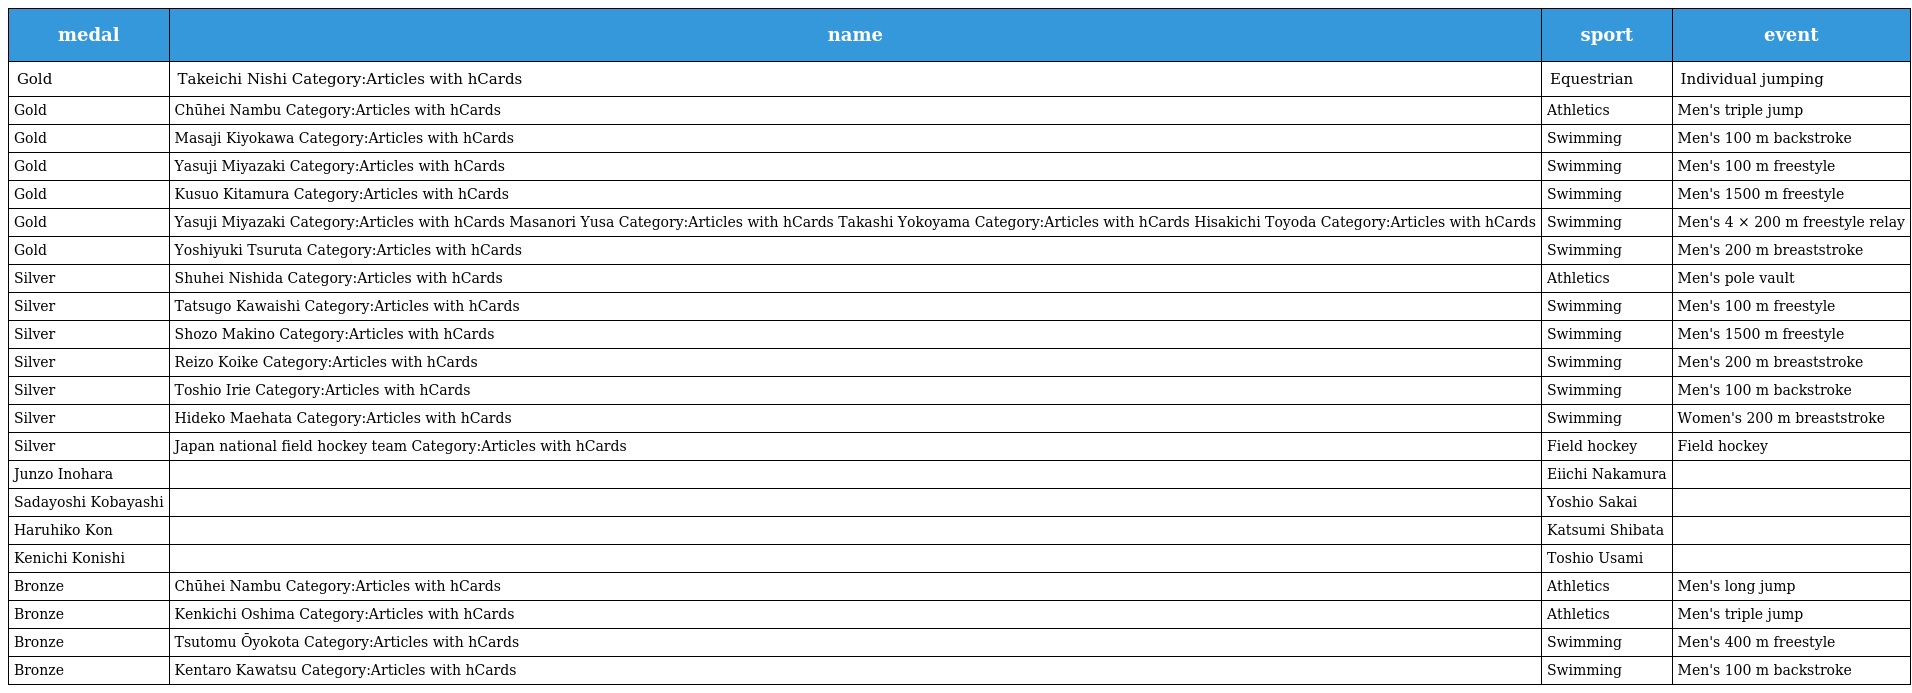
| medal | name | sport | event |
 | --- | --- | --- | --- |
 | Gold | Takeichi Nishi Category:Articles with hCards | Equestrian | Individual jumping |
 | Gold | Chūhei Nambu Category:Articles with hCards | Athletics | Men's triple jump |
 | Gold | Masaji Kiyokawa Category:Articles with hCards | Swimming | Men's 100 m backstroke |
 | Gold | Yasuji Miyazaki Category:Articles with hCards | Swimming | Men's 100 m freestyle |
 | Gold | Kusuo Kitamura Category:Articles with hCards | Swimming | Men's 1500 m freestyle |
 | Gold | Yasuji Miyazaki Category:Articles with hCards Masanori Yusa Category:Articles with hCards Takashi Yokoyama Category:Articles with hCards Hisakichi Toyoda Category:Articles with hCards | Swimming | Men's 4 × 200 m freestyle relay |
 | Gold | Yoshiyuki Tsuruta Category:Articles with hCards | Swimming | Men's 200 m breaststroke |
 | Silver | Shuhei Nishida Category:Articles with hCards | Athletics | Men's pole vault |
 | Silver | Tatsugo Kawaishi Category:Articles with hCards | Swimming | Men's 100 m freestyle |
 | Silver | Shozo Makino Category:Articles with hCards | Swimming | Men's 1500 m freestyle |
 | Silver | Reizo Koike Category:Articles with hCards | Swimming | Men's 200 m breaststroke |
 | Silver | Toshio Irie Category:Articles with hCards | Swimming | Men's 100 m backstroke |
 | Silver | Hideko Maehata Category:Articles with hCards | Swimming | Women's 200 m breaststroke |
 | Silver | Japan national field hockey team Category:Articles with hCards | Field hockey | Field hockey |
 | Junzo Inohara |  | Eiichi Nakamura |  |
 | Sadayoshi Kobayashi |  | Yoshio Sakai |  |
 | Haruhiko Kon |  | Katsumi Shibata |  |
 | Kenichi Konishi |  | Toshio Usami |  |
 | Bronze | Chūhei Nambu Category:Articles with hCards | Athletics | Men's long jump |
 | Bronze | Kenkichi Oshima Category:Articles with hCards | Athletics | Men's triple jump |
 | Bronze | Tsutomu Ōyokota Category:Articles with hCards | Swimming | Men's 400 m freestyle |
 | Bronze | Kentaro Kawatsu Category:Articles with hCards | Swimming | Men's 100 m backstroke |